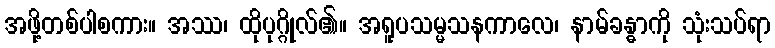
အဖို့တစ်ပါစကား။ အဿ၊ ထိုပုဂ္ဂိုလ်၏။ အရူပသမ္မသနကာလေ၊ နာမ်ခန္ဓာကို သုံးသပ်ရာ